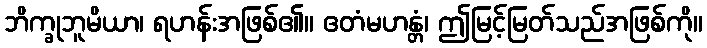
ဘိက္ခုဘူမိယာ၊ ရဟန်းအဖြစ်၏။ ဧတံမဟန္တံ၊ ဤမြင့်မြတ်သည်အဖြစ်ကို။